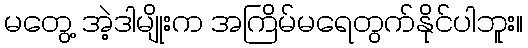
မတွေ့ အဲ့ဒါမျိုးက အကြိမ်မရေတွက်နိုင်ပါဘူး။